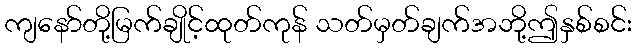
ကျနော်တို့မြက်ချိုင့်ထုတ်ကုန် သတ်မှတ်ချက်အဘို့ဤနှစ်စင်း